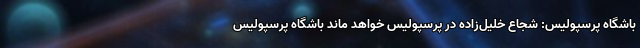
باشگاه پرسپولیس: شجاع خلیل‌زاده در پرسپولیس خواهد ماند باشگاه پرسپولیس